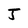
Character: J